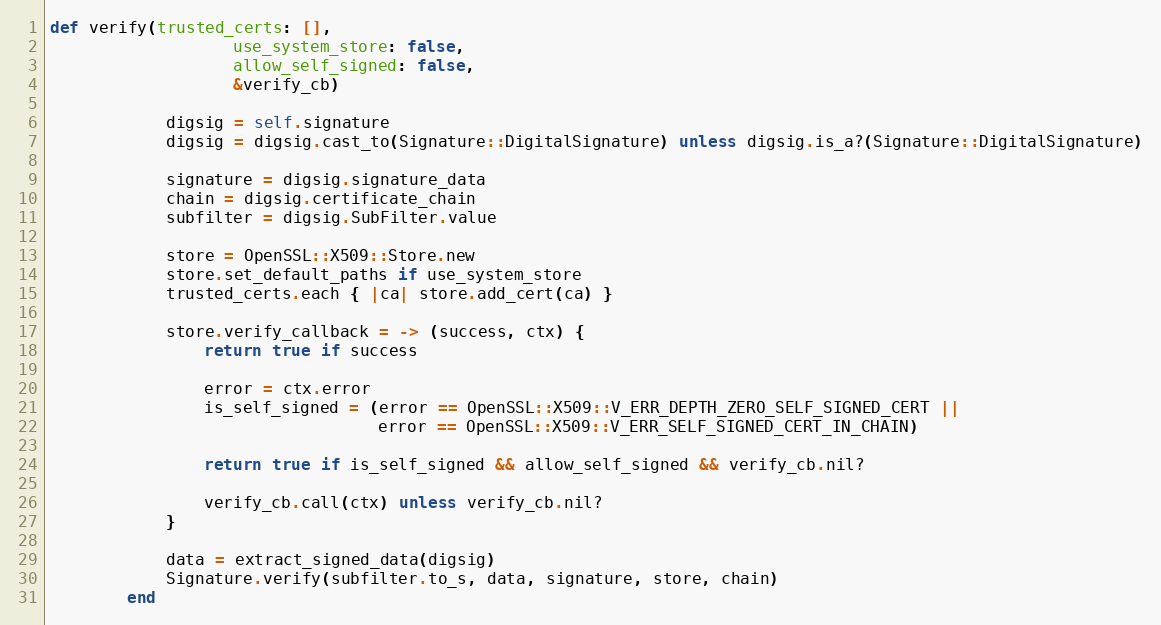
Language: Ruby
def verify(trusted_certs: [],
                   use_system_store: false,
                   allow_self_signed: false,
                   &verify_cb)

            digsig = self.signature
            digsig = digsig.cast_to(Signature::DigitalSignature) unless digsig.is_a?(Signature::DigitalSignature)

            signature = digsig.signature_data
            chain = digsig.certificate_chain
            subfilter = digsig.SubFilter.value

            store = OpenSSL::X509::Store.new
            store.set_default_paths if use_system_store
            trusted_certs.each { |ca| store.add_cert(ca) }

            store.verify_callback = -> (success, ctx) {
                return true if success

                error = ctx.error
                is_self_signed = (error == OpenSSL::X509::V_ERR_DEPTH_ZERO_SELF_SIGNED_CERT ||
                                  error == OpenSSL::X509::V_ERR_SELF_SIGNED_CERT_IN_CHAIN)

                return true if is_self_signed && allow_self_signed && verify_cb.nil?

                verify_cb.call(ctx) unless verify_cb.nil?
            }

            data = extract_signed_data(digsig)
            Signature.verify(subfilter.to_s, data, signature, store, chain)
        end